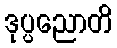
ဒုပ္ပညောတိ